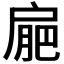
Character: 𢩒